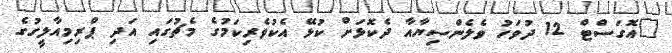
"އޮގަސްޓް 12 ދުވަހު ވެލެންސިޔާއާ ދެކޮޅަށް ކުޅޭ އެކުވެރިކަމުގެ މެޗުގައި އަދި ޕްރިމިއާލީގުގެ